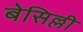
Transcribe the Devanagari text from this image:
बेसिल्ली